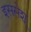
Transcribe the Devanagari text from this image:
इससेश्